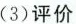
(3)评价